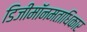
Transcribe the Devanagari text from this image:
डिजीमॉनमताधिकार